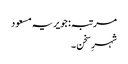
مرتبہ: جویریہ مسعود
شہرِ سخن ۔